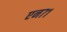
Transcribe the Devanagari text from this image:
एन७१